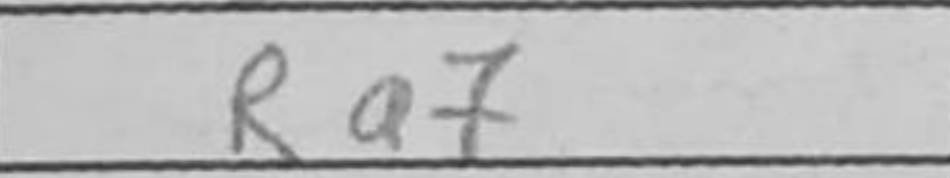
Transcription: Ra7